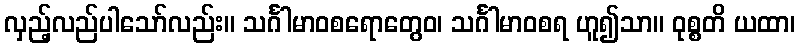
လှည့်လည်ပါသော်လည်း။ သင်္ဂါမာဝစရောတွေဝ၊ သင်္ဂါမာဝစရ ဟူ၍သာ။ ဝုစ္စတိ ယထာ၊